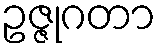
ဥဇ္ဇုဂတာ